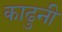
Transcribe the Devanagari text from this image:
काढुनी